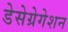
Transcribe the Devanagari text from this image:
डेसेग्रेगेशन